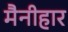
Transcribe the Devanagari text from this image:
मैनीहार